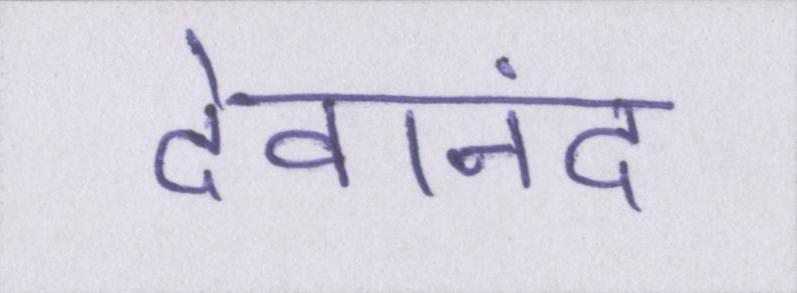
देवानंद